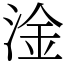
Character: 淦